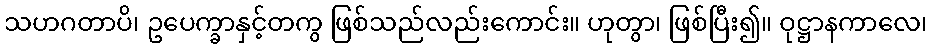
သဟဂတာပိ၊ ဥပေက္ခာနှင့်တကွ ဖြစ်သည်လည်းကောင်း။ ဟုတွာ၊ ဖြစ်ပြီး၍။ ဝုဋ္ဌာနကာလေ၊